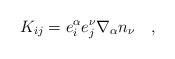
LaTeX: \begin{align*}K_{i j} = e^{\alpha}_{i}e^{\nu}_{j}\nabla_{\alpha}n_{\nu}\quad ,\end{align*}